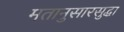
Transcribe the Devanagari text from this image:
मतानुसारसुद्धा